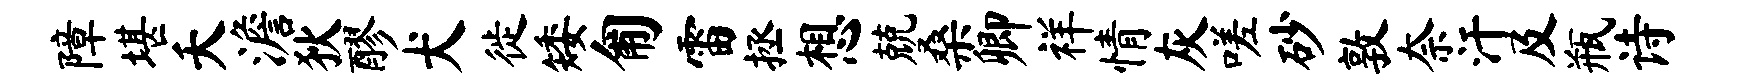
障堪夭澹狄醪犬徙矮匍雷拯想兢桑卿祥情灰嗟砂敦奈汗及瓶诗